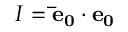
I = \mathbf { \bar { e } _ { 0 } } \cdot \mathbf { e _ { 0 } }